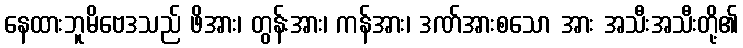
နေထားဘူမိဗေဒသည် ဖိအား၊ တွန်းအား၊ ကန်အား၊ ဒဏ်အားစသော အား အသီးအသီးတို့၏